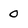
Character: 0